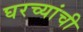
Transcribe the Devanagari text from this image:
घरच्‍यांची